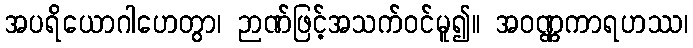
အပရိယောဂါဟေတွာ၊ ဉာဏ်ဖြင့်အသက်ဝင်မူ၍။ အဝဏ္ဏကာရဟဿ၊